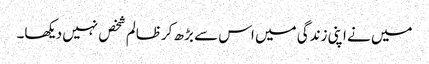
میں نے اپنی زندگی میں اس سے بڑھ کرظالم شخص نہیں دیکھا۔